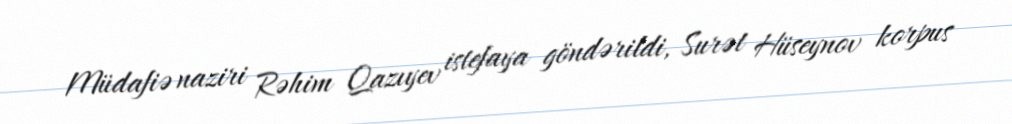
Müdafiə naziri Rəhim Qazıyev istefaya göndərildi, Surət Hüseynov korpus